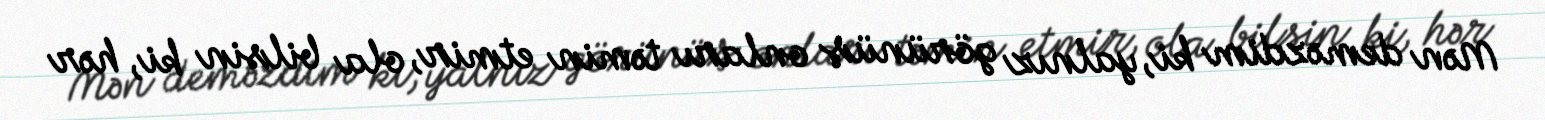
Mən deməzdim ki, yalnız görünüş onları təmin etmir, ola bilsin ki, hər